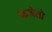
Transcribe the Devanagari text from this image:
फजेतो